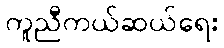
ကူညီကယ်ဆယ်ရေး